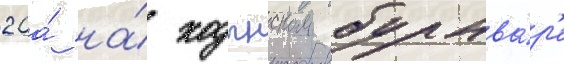
20а́ на́ ходынском бульва́р'е